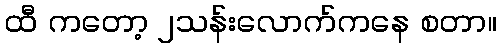
ထီ ကတော့ ၂သန်းလောက်ကနေ စတာ။